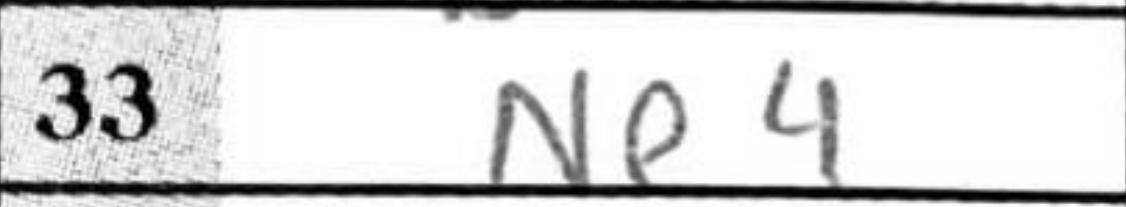
Transcription: Ne4